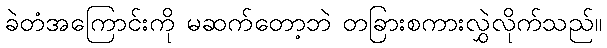
ခဲတံအကြောင်းကို မဆက်တော့ဘဲ တခြားစကားလွှဲလိုက်သည်။